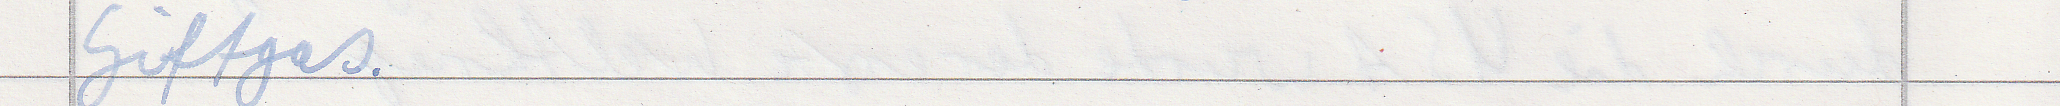
Giftgas.